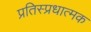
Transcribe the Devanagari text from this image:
प्रतिस्प्रधात्मक